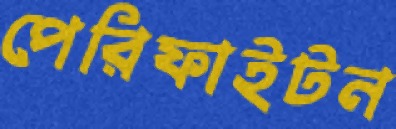
পেরিফাইটন